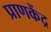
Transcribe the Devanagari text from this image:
प्राणकेंद्र